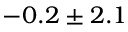
- 0 . 2 \pm 2 . 1